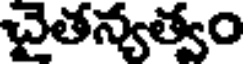
చైతన్యత్వం